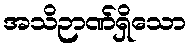
အသိဉာဏ်ရှိသော